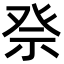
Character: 𥙊